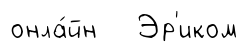
онла́йн Эр'иком